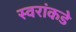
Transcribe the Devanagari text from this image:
स्वरांकडे